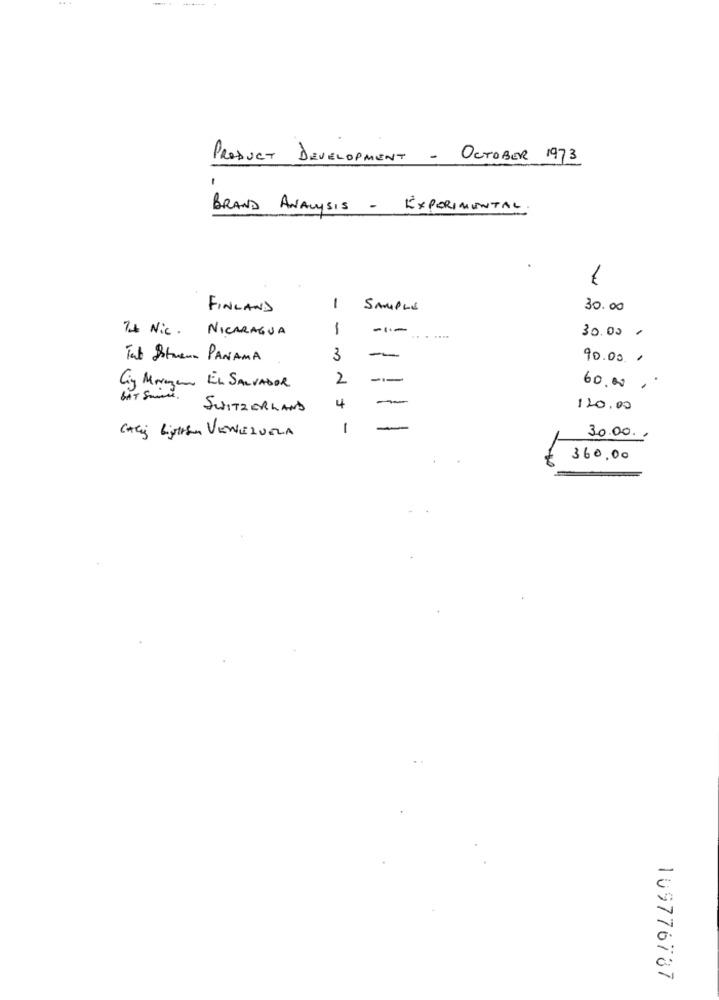
PRODUCT DEVELOPMENT - OCTOBER 1973
BRAND ANALYSIS - EXPERIMENTAL
FINLAND
1
SAMPLE
30.00
74 Nic. NICARAGUA
1
30.00 -
Tab Istuen PANAMA
3
-
90.00 .
2
Ciy Mrazem EL SALVADOR
60.00.
BAT Smile .
SWITZERLAND
4
120.00
1
-
CARS LigtEn VENEZUELA
30.00 .
360,00
109776787